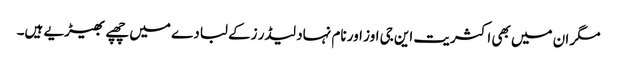
مگر ان میں بھی اکثریت این جی اوز اور نام نہاد لیڈر زکے لبادے میں چھپے بھیڑیے ہیں۔